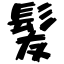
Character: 髪